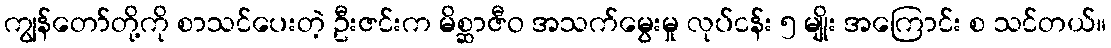
ကျွန်တော်တို့ကို စာသင်ပေးတဲ့ ဦးဇင်းက မိစ္ဆာဇီဝ အသက်မွေးမှု လုပ်ငန်း ၅ မျိုး အကြောင်း စ သင်တယ်။